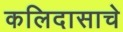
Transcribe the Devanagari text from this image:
कलिदासाचे